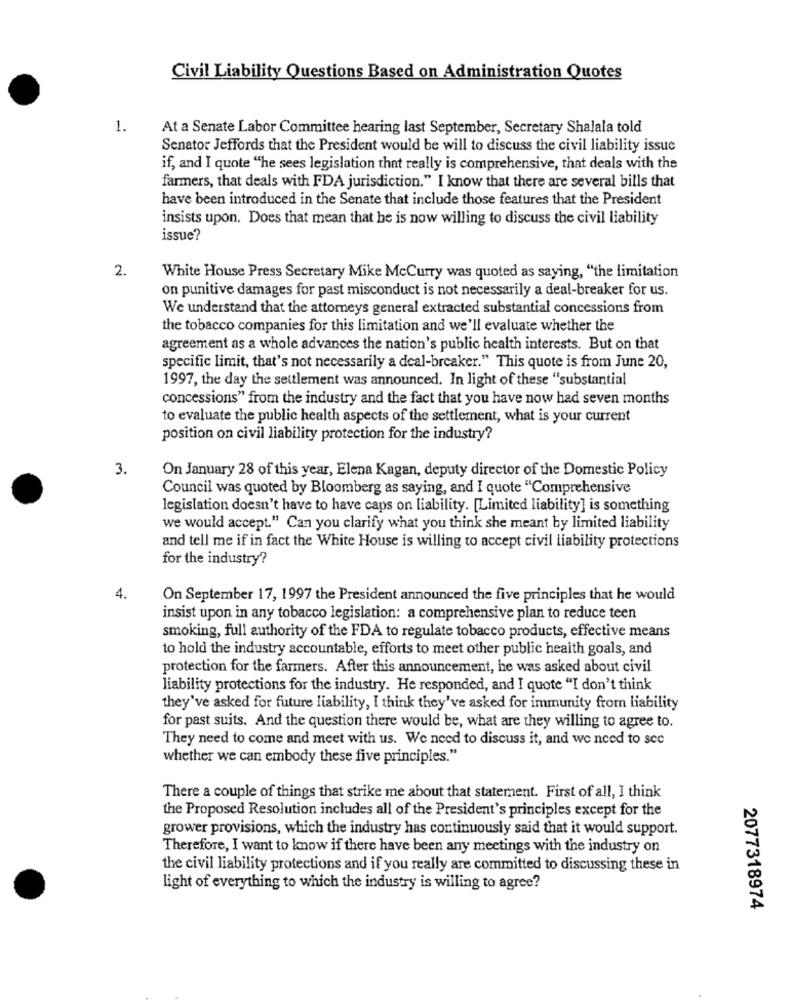
Civil Liability Questions Based on Administration Quotes
1.
At a Senate Labor Committee hearing last September, Secretary Shalala told
Senator Jeffords that the President would be will to discuss the civil liability issue
if, and I quote "he sees legislation that really is comprehensive, that deals with the
farmers, that deals with FDA jurisdiction." I know that there are several bills that
have been introduced in the Senate that include those features that the President
insists upon. Does that mean that he is now willing to discuss the civil liability
issue?
2.
White House Press Secretary Mike McCurry was quoted as saying, "the limitation
on punitive damages for past misconduct is not necessarily a deal-breaker for us.
We understand that the attorneys general extracted substantial concessions from
the tobacco companies for this limitation and we'll evaluate whether the
agreement as a whole advances the nation's public health interests. But on that
specific limit, that's not necessarily a deal-breaker." This quote is from June 20,
1997, the day the settlement was announced. In light of these "substantial
concessions" from the industry and the fact that you have now had seven months
to evaluate the public health aspects of the settlement, what is your current
position on civil liability protection for the industry?
3.
On January 28 of this year, Elena Kagan, deputy director of the Domestic Policy
Council was quoted by Bloomberg as saying, and I quote "Comprehensive
legislation doesn't have to have caps on liability. [Limited liability] is something
we would accept." Can you clarify what you think she meant by limited liability
and tell me if in fact the White House is willing to accept civil liability protections
for the industry?
4.
On September 17, 1997 the President announced the five principles that he would
insist upon in any tobacco legislation: a comprehensive plan to reduce teen
smoking, full authority of the FDA to regulate tobacco products, effective means
to hold the industry accountable, efforts to meet other public health goals, and
protection for the farmers. After this announcement, he was asked about civil
liability protections for the industry. He responded, and I quote "I don't think
they've asked for future liability, I think they've asked for immunity from liability
for past suits. And the question there would be, what are they willing to agree to.
They need to come and meet with us. We need to discuss it, and we need to scc
whether we can embody these five principles."
There a couple of things that strike me about that statement. First of all, I think
the Proposed Resolution includes all of the President's principles except for the
grower provisions, which the industry has continuously said that it would support.
Therefore, I want to know if there have been any meetings with the industry on
the civil liability protections and if you really are committed to discussing these in
light of everything to which the industry is willing to agree?
2077318974